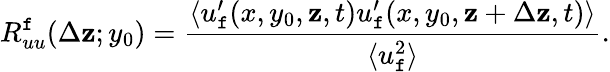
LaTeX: R_{uu}^{\mathtt{f}}(\Delta\mathbf{z};y_{0})=\frac{{\langle{u_{\mathtt{f}}^{\prime}(x,y_{0},\mathbf{z},t)u_{\mathtt{f}}^{\prime}(x,y_{0},\mathbf{z}+\Delta\mathbf{z},t)}\rangle}}{{\langle{u_{\mathtt{f}}^{2}}\rangle}}.